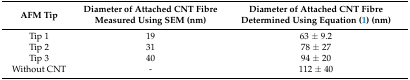
| AFM Tip | Diameter of Attached CNT Fibre Measured Using SEM (nm) | Diameter of Attached CNT Fibre Determined Using Equation (1) (nm) |
 | --- | --- | --- |
 | Tip 1 | 19 | 63 ± 9.2 |
 | Tip 2 | 31 | 78 ± 27 |
 | Tip 3 | 40 | 94 ± 20 |
 | Without CNT | - | 112 ± 40 |